Report of the Municipal Commissioner on the plague in Bombay for the year ending 31st May... - Volume 1
Disease focus: Plague
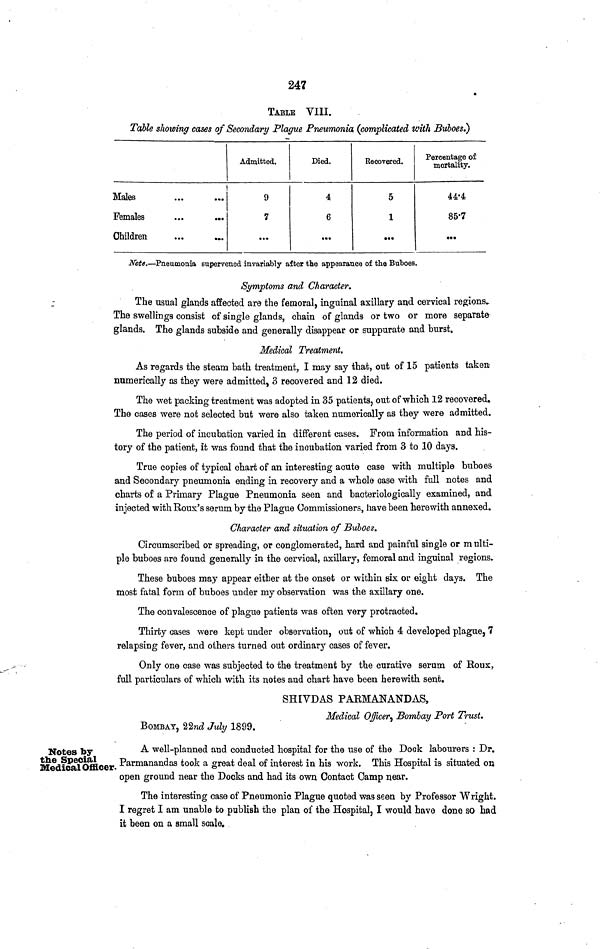
247
TABLE VIII.
Table showing cases of Secondary Plague Pneumonia (complicated with Buboes.)
Males
Females
Children
Admitted.
9
7
Died.
4
6
Recovered.
5
1
Percentage of
mortality.
44·4
85·7
Note.—Pneumonia supervened invariably after the appearance of the Buboes.
Symptoms and Character.
The usual glands affected are the femoral, inguinal axillary and cervical regions,
The swellings consist of single glands, chain of glands or two or more separate
glands. The glands subside and generally disappear or suppurate and burst.
Medical Treatment.
As
regards the steam bath treatment, I may say that, out of 15 patients taken
numerically as they were admitted, 3 recovered and 12 died.
The wet packing treatment was adopted in 35 patients, out of which 12 recovered.
The cases were not selected but were also taken numerically as they were admitted.
The period of incubation varied in different cases. From information and his-
tory of the patient, it was found that the incubation varied from 3 to 10 days.
True copies of typical chart of an interesting acute case with multiple buboes
and Secondary pneumonia ending in recovery and a whole case with full notes and
charts of a Primary Plague Pneumonia seen and bacteriologically examined, and
injected with Roux's serum by the Plague Commissioners, have been herewith annexed.
Character and situation of Buboes.
Circumscribed or spreading, or conglomerated, hard and painful single or m ulti-
ple buboes are found generally in the cervical, axillary, femoral and inguinal regions.
These buboes may appear either at the onset or within six or eight days. The
most fatal form of buboes under my observation was the axillary one.
The convalescence of plague patients was often very protracted.
Thirty cases were kept under observation, out of which 4 developed plague, 7
relapsing fever, and others turned out ordinary cases of fever.
Only one case was subjected to the treatment by the curative serum of Roux,
full particulars of which with its notes and chart have been herewith sent.
SHIVDAS PARMANANDAS,
Medical Officer, Bombay Port Trust.
BOMBAY, 22nd July 1899.
Notes by
the Special
Medical Officer.
A well-planned and conducted hospital for the use of the Dock labourers : Dr.
Parmanandas took a great deal of interest in his work. This Hospital is situated 015
open ground near the Docks and had its own Contact Camp near.
The interesting case of Pneumonic Plague quoted was seen by Professor Wright.
I regret I am unable to publish the plan of the Hospital, I would have done so had
it been on a small scale.